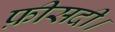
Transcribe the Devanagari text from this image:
फ़ीसदी।